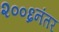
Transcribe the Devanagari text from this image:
२००६नंतर